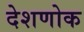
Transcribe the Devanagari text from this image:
देशणोक